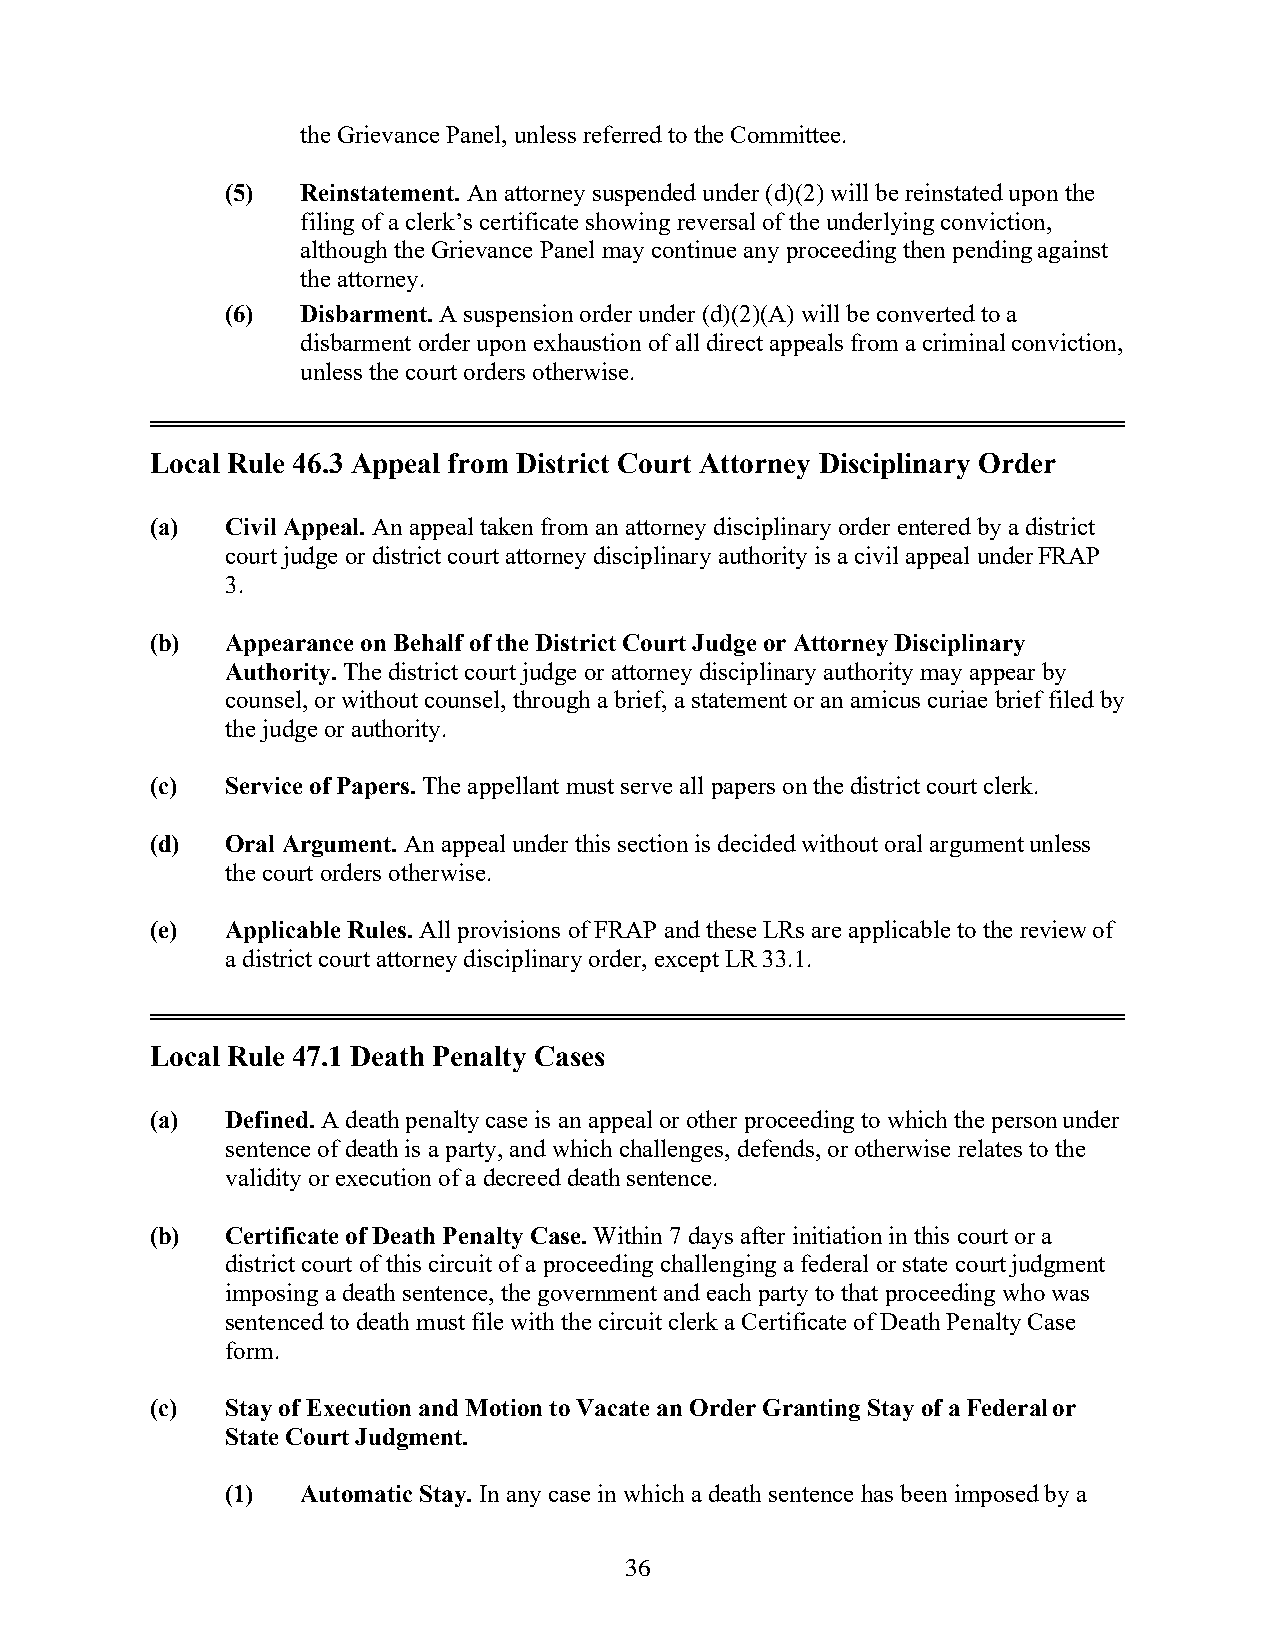
the Grievance Panel, unless referred to the Committee.
 (5)  Reinstatement. An attorney suspended under (d)(2) will be reinstated upon the
 filing of a clerk’s certificate showing reversal of the underlying conviction,
 although the Grievance Panel may continue any proceeding then pending against
 the attorney.
 (6)  Disbarment. A suspension order under (d)(2)(A) will be converted to a
 disbarment order upon exhaustion of all direct appeals from a criminal conviction,
 unless the court orders otherwise.
 Local Rule 46.3 Appeal from District Court Attorney Disciplinary Order
 (a)  Civil Appeal. An appeal taken from an attorney disciplinary order entered by a district
 court judge or district court attorney disciplinary authority is a civil appeal under FRAP
 3.
 (b)  Appearance on Behalf of the District Court Judge or Attorney Disciplinary
 Authority. The district court judge or attorney disciplinary authority may appear by
 counsel, or without counsel, through a brief, a statement or an amicus curiae brief filed by
 the judge or authority.
 (c)  Service of Papers. The appellant must serve all papers on the district court clerk.
 (d)  Oral Argument. An appeal under this section is decided without oral argument unless
 the court orders otherwise.
 (e)  Applicable Rules. All provisions of FRAP and these LRs are applicable to the review of
 a district court attorney disciplinary order, except LR 33.1.
 Local Rule 47.1 Death Penalty Cases
 (a)  Defined. A death penalty case is an appeal or other proceeding to which the person under
 sentence of death is a party, and which challenges, defends, or otherwise relates to the
 validity or execution of a decreed death sentence.
 (b)  Certificate of Death Penalty Case. Within 7 days after initiation in this court or a
 district court of this circuit of a proceeding challenging a federal or state court judgment
 imposing a death sentence, the government and each party to that proceeding who was
 sentenced to death must file with the circuit clerk a Certificate of Death Penalty Case
 form.
 (c)  Stay of Execution and Motion to Vacate an Order Granting Stay of a Federal or
 State Court Judgment.
 (1)  Automatic Stay. In any case in which a death sentence has been imposed by a
 36